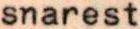
snarest